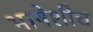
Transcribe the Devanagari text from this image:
भाषेशीच